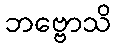
ဘဗ္ဗောသိ